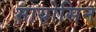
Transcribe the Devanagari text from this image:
मायोसिन